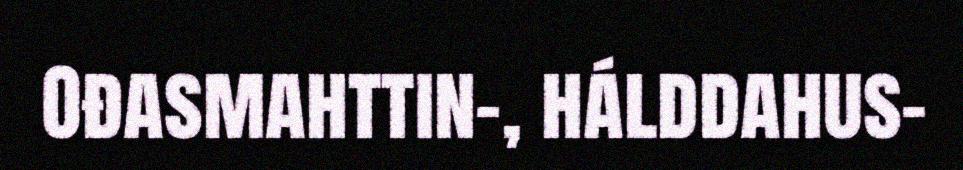
Ođasmahttin-, hálddahus-